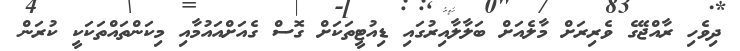
ދިވެހި ރާއްޖޭގެ ވެރިރަށް މާލެއަށް ބަލާލާއިރުގައި ޑިއުޓީތަކަށް ގޮސް ގެއަށްއައުމާއި މިކަންތައްތަކަކީ ކުރަން